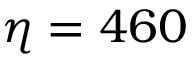
\eta = 4 6 0